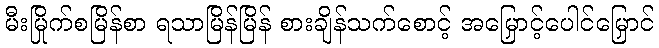
မီးမြိုက်စမြိန်စာ ရသာမြိန်မြိန် စားချိန်သက်စောင့် အမြှောင့်ပေါင်မြှောင်